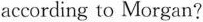
according to Morgan?